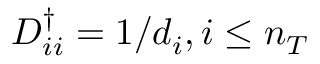
D _ { i i } ^ { \dagger } = 1 / d _ { i } , i \le n _ { T }